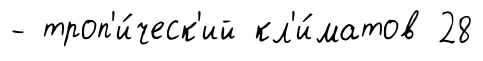
- троп'и́ческ'ий кл'и́матов 28